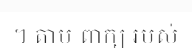
។ តាម ពាក្យ របស់